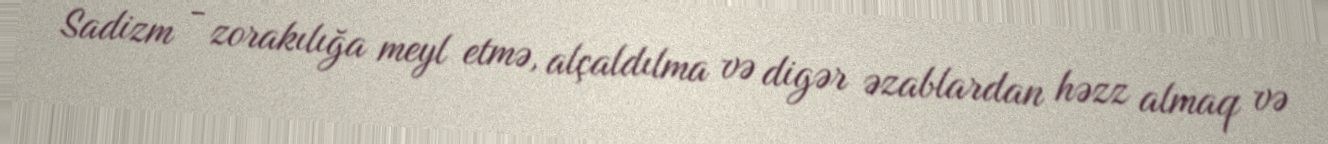
Sadizm - zorakılığa meyl etmə, alçaldılma və digər əzablardan həzz almaq və